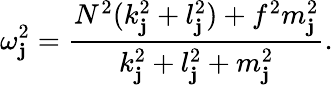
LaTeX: \omega_{\mathbf{j}}^{2}=\frac{{N^{2}(k_{\mathbf{j}}^{2}+l_{\mathbf{j}}^{2})+f^{2}m_{\mathbf{j}}^{2}}}{{k_{\mathbf{j}}^{2}+l_{\mathbf{j}}^{2}+m_{\mathbf{j}}^{2}}}.